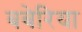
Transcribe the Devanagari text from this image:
बबेरिया